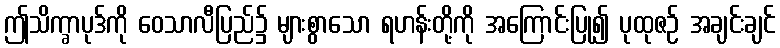
ဤသိက္ခာပုဒ်ကို ဝေသာလီပြည်၌ များစွာသော ရဟန်းတို့ကို အကြောင်းပြု၍ ပုထုဇဉ် အချင်းချင်